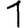
Digit: 1